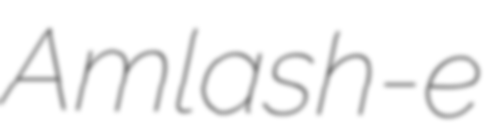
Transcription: Amlash-e